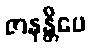
ဇာနန္တိပေ